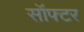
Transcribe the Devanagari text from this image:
सॉफ्टर